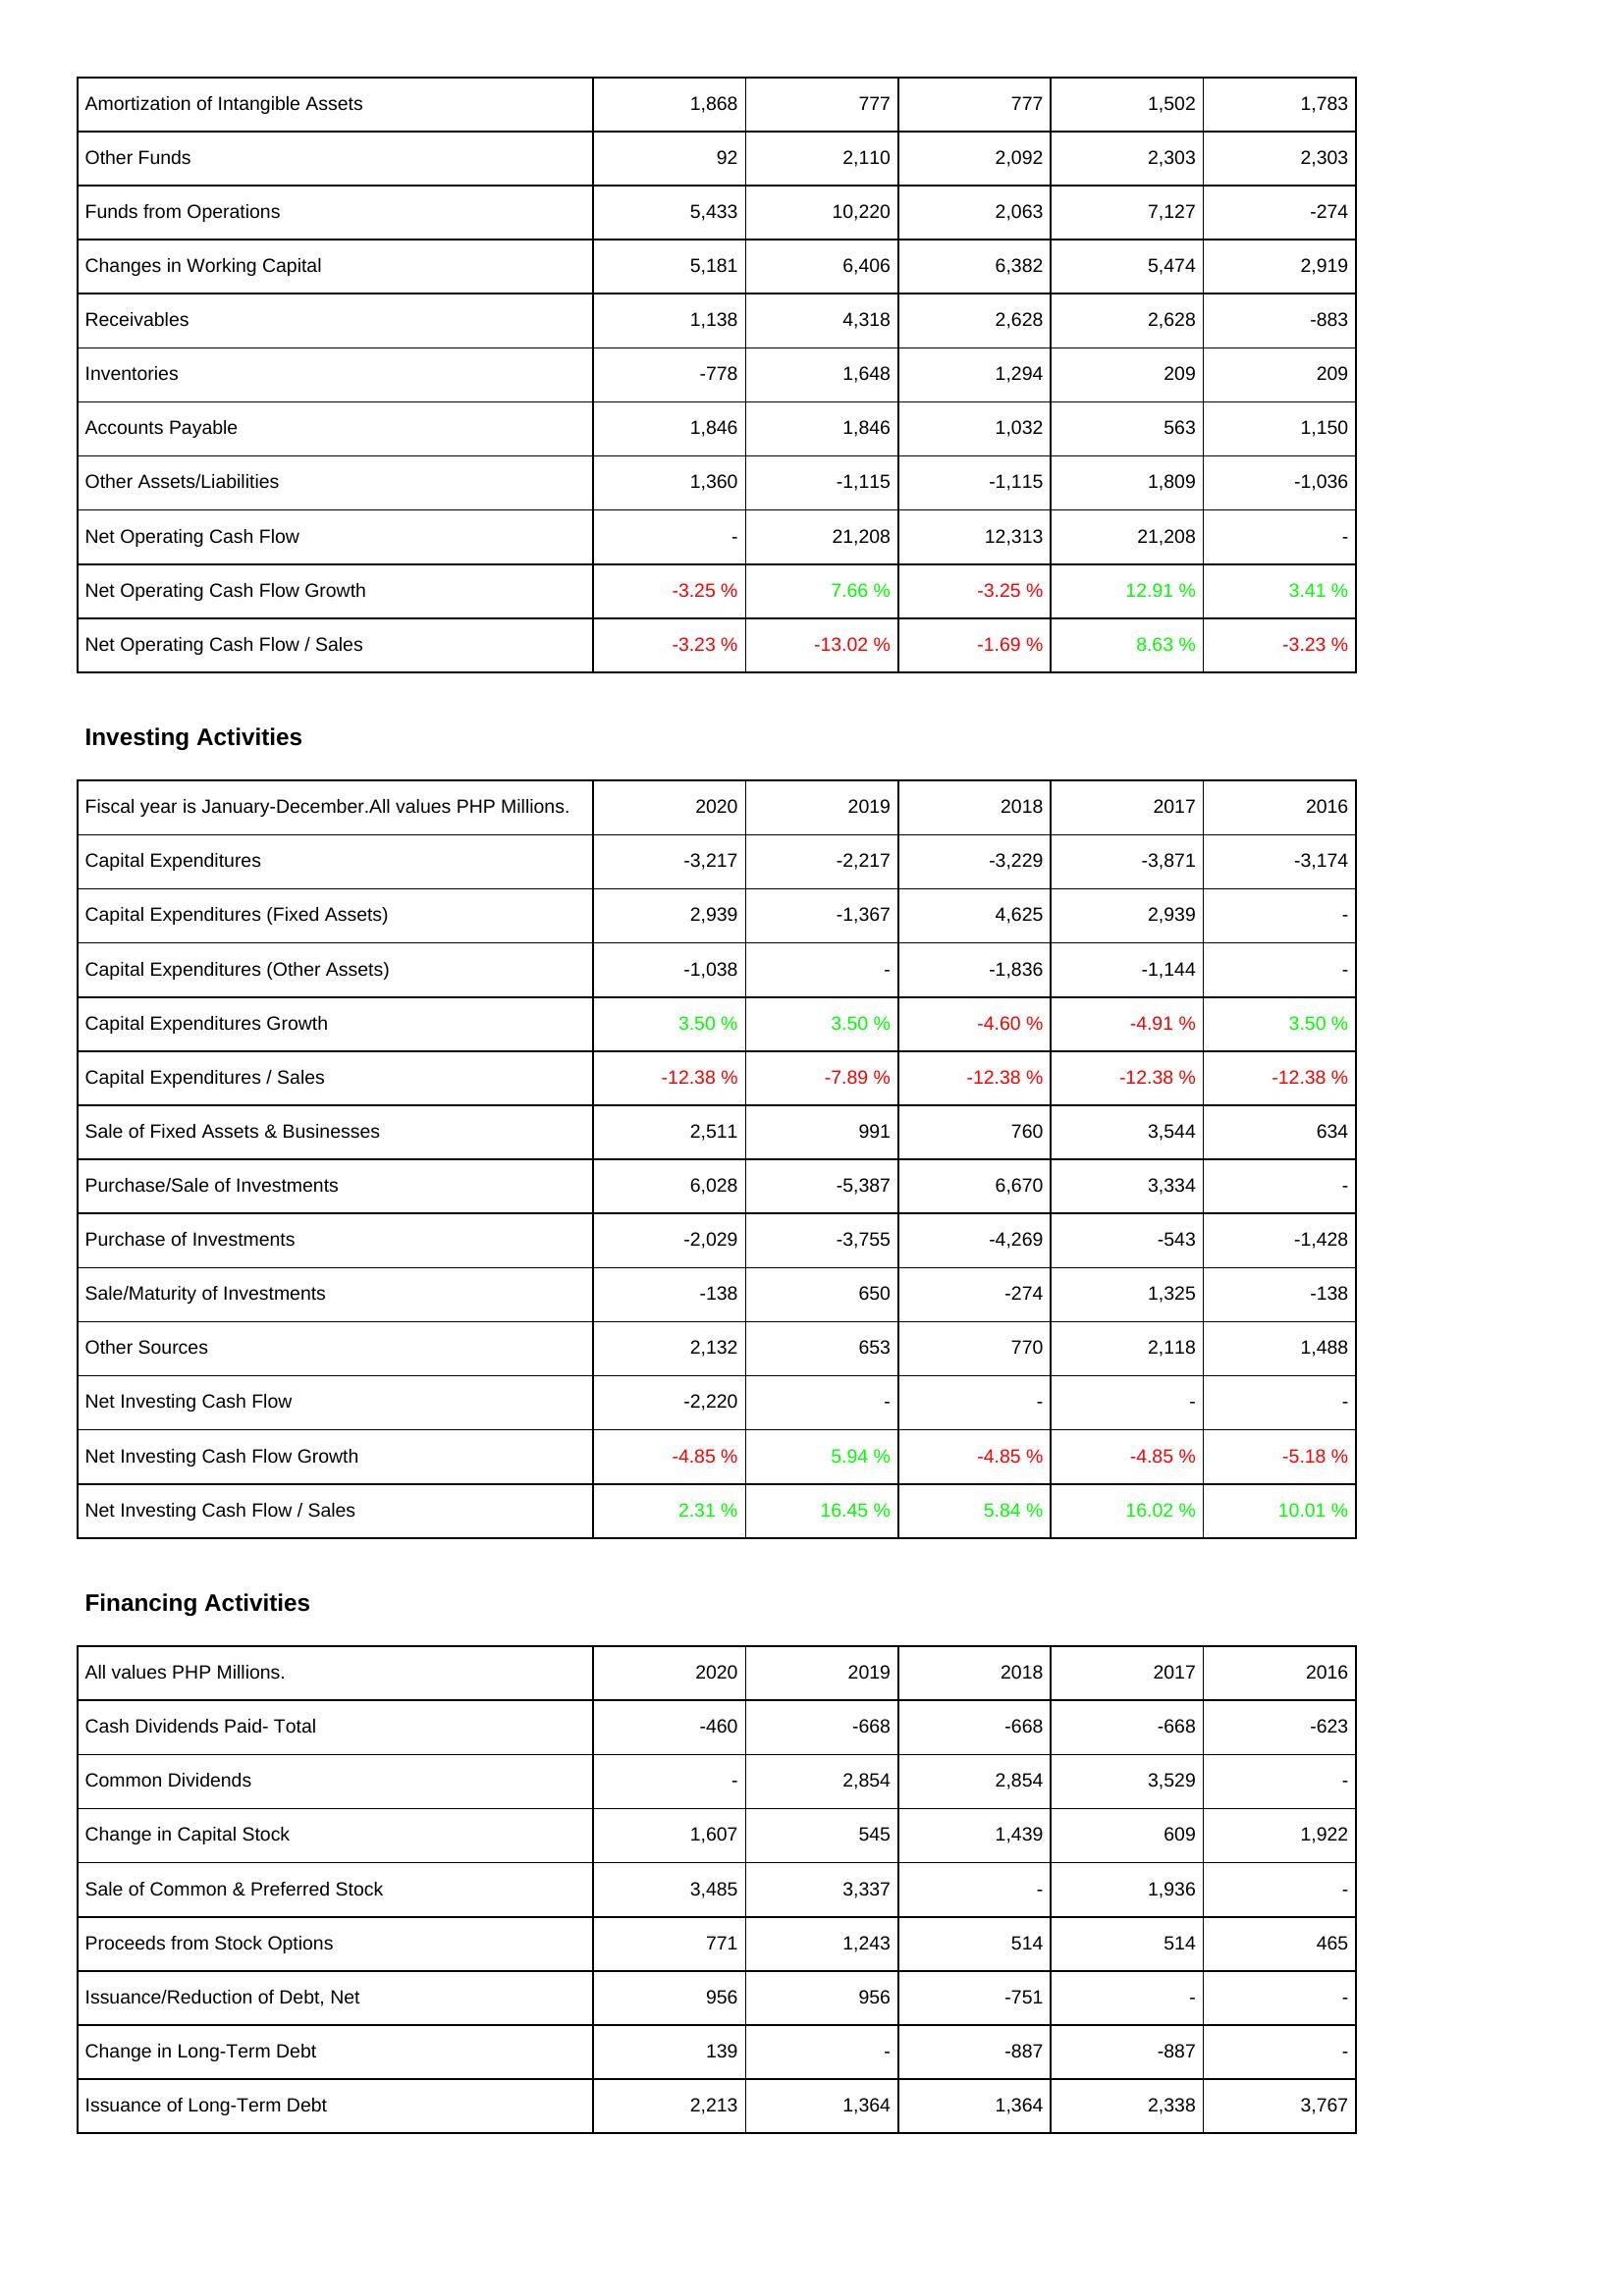
2020: Operating Activities: Amortization of Intangible Assets: 1,868
Other Funds: 92
Funds from Operations: 5,433
Changes in Working Capital: 5,181
Receivables: 1,138
Inventories: -778
Accounts Payable: 1,846
Other Assets/Liabilities: 1,360
Net Operating Cash Flow: -
Net Operating Cash Flow Growth: -3.25 %
Net Operating Cash Flow / Sales: -3.23 %
Investing Activities: Capital Expenditures: -3,217
Capital Expenditures (Fixed Assets): 2,939
Capital Expenditures (Other Assets): -1,038
Capital Expenditures Growth: 3.50 %
Capital Expenditures / Sales: -12.38 %
Sale of Fixed Assets & Businesses: 2,511
Purchase/Sale of Investments: 6,028
Purchase of Investments: -2,029
Sale/Maturity of Investments: -138
Other Sources: 2,132
Net Investing Cash Flow: -2,220
Net Investing Cash Flow Growth: -4.85 %
Net Investing Cash Flow / Sales: 2.31 %
Financing Activities: Cash Dividends Paid- Total: -460
Common Dividends: -
Change in Capital Stock: 1,607
Sale of Common & Preferred Stock: 3,485
Proceeds from Stock Options: 771
Issuance/Reduction of Debt, Net: 956
Change in Long-Term Debt: 139
Issuance of Long-Term Debt: 2,213
2019: Operating Activities: Amortization of Intangible Assets: 777
Other Funds: 2,110
Funds from Operations: 10,220
Changes in Working Capital: 6,406
Receivables: 4,318
Inventories: 1,648
Accounts Payable: 1,846
Other Assets/Liabilities: -1,115
Net Operating Cash Flow: 21,208
Net Operating Cash Flow Growth: 7.66 %
Net Operating Cash Flow / Sales: -13.02 %
Investing Activities: Capital Expenditures: -2,217
Capital Expenditures (Fixed Assets): -1,367
Capital Expenditures (Other Assets): -
Capital Expenditures Growth: 3.50 %
Capital Expenditures / Sales: -7.89 %
Sale of Fixed Assets & Businesses: 991
Purchase/Sale of Investments: -5,387
Purchase of Investments: -3,755
Sale/Maturity of Investments: 650
Other Sources: 653
Net Investing Cash Flow: -
Net Investing Cash Flow Growth: 5.94 %
Net Investing Cash Flow / Sales: 16.45 %
Financing Activities: Cash Dividends Paid- Total: -668
Common Dividends: 2,854
Change in Capital Stock: 545
Sale of Common & Preferred Stock: 3,337
Proceeds from Stock Options: 1,243
Issuance/Reduction of Debt, Net: 956
Change in Long-Term Debt: -
Issuance of Long-Term Debt: 1,364
2018: Operating Activities: Amortization of Intangible Assets: 777
Other Funds: 2,092
Funds from Operations: 2,063
Changes in Working Capital: 6,382
Receivables: 2,628
Inventories: 1,294
Accounts Payable: 1,032
Other Assets/Liabilities: -1,115
Net Operating Cash Flow: 12,313
Net Operating Cash Flow Growth: -3.25 %
Net Operating Cash Flow / Sales: -1.69 %
Investing Activities: Capital Expenditures: -3,229
Capital Expenditures (Fixed Assets): 4,625
Capital Expenditures (Other Assets): -1,836
Capital Expenditures Growth: -4.60 %
Capital Expenditures / Sales: -12.38 %
Sale of Fixed Assets & Businesses: 760
Purchase/Sale of Investments: 6,670
Purchase of Investments: -4,269
Sale/Maturity of Investments: -274
Other Sources: 770
Net Investing Cash Flow: -
Net Investing Cash Flow Growth: -4.85 %
Net Investing Cash Flow / Sales: 5.84 %
Financing Activities: Cash Dividends Paid- Total: -668
Common Dividends: 2,854
Change in Capital Stock: 1,439
Sale of Common & Preferred Stock: -
Proceeds from Stock Options: 514
Issuance/Reduction of Debt, Net: -751
Change in Long-Term Debt: -887
Issuance of Long-Term Debt: 1,364
2017: Operating Activities: Amortization of Intangible Assets: 1,502
Other Funds: 2,303
Funds from Operations: 7,127
Changes in Working Capital: 5,474
Receivables: 2,628
Inventories: 209
Accounts Payable: 563
Other Assets/Liabilities: 1,809
Net Operating Cash Flow: 21,208
Net Operating Cash Flow Growth: 12.91 %
Net Operating Cash Flow / Sales: 8.63 %
Investing Activities: Capital Expenditures: -3,871
Capital Expenditures (Fixed Assets): 2,939
Capital Expenditures (Other Assets): -1,144
Capital Expenditures Growth: -4.91 %
Capital Expenditures / Sales: -12.38 %
Sale of Fixed Assets & Businesses: 3,544
Purchase/Sale of Investments: 3,334
Purchase of Investments: -543
Sale/Maturity of Investments: 1,325
Other Sources: 2,118
Net Investing Cash Flow: -
Net Investing Cash Flow Growth: -4.85 %
Net Investing Cash Flow / Sales: 16.02 %
Financing Activities: Cash Dividends Paid- Total: -668
Common Dividends: 3,529
Change in Capital Stock: 609
Sale of Common & Preferred Stock: 1,936
Proceeds from Stock Options: 514
Issuance/Reduction of Debt, Net: -
Change in Long-Term Debt: -887
Issuance of Long-Term Debt: 2,338
2016: Operating Activities: Amortization of Intangible Assets: 1,783
Other Funds: 2,303
Funds from Operations: -274
Changes in Working Capital: 2,919
Receivables: -883
Inventories: 209
Accounts Payable: 1,150
Other Assets/Liabilities: -1,036
Net Operating Cash Flow: -
Net Operating Cash Flow Growth: 3.41 %
Net Operating Cash Flow / Sales: -3.23 %
Investing Activities: Capital Expenditures: -3,174
Capital Expenditures (Fixed Assets): -
Capital Expenditures (Other Assets): -
Capital Expenditures Growth: 3.50 %
Capital Expenditures / Sales: -12.38 %
Sale of Fixed Assets & Businesses: 634
Purchase/Sale of Investments: -
Purchase of Investments: -1,428
Sale/Maturity of Investments: -138
Other Sources: 1,488
Net Investing Cash Flow: -
Net Investing Cash Flow Growth: -5.18 %
Net Investing Cash Flow / Sales: 10.01 %
Financing Activities: Cash Dividends Paid- Total: -623
Common Dividends: -
Change in Capital Stock: 1,922
Sale of Common & Preferred Stock: -
Proceeds from Stock Options: 465
Issuance/Reduction of Debt, Net: -
Change in Long-Term Debt: -
Issuance of Long-Term Debt: 3,767